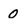
Character: 0